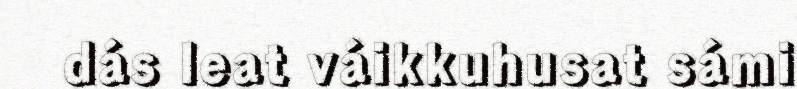
dás leat váikkuhusat sámi